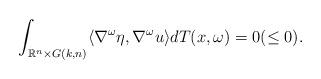
LaTeX: \begin{align*}\int_{\mathbb{R}^n\times G(k,n)} \langle \nabla^{\omega}\eta, \nabla^{\omega}u \rangle dT(x,\omega) =0 ( \leq 0).\end{align*}